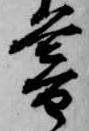
暮